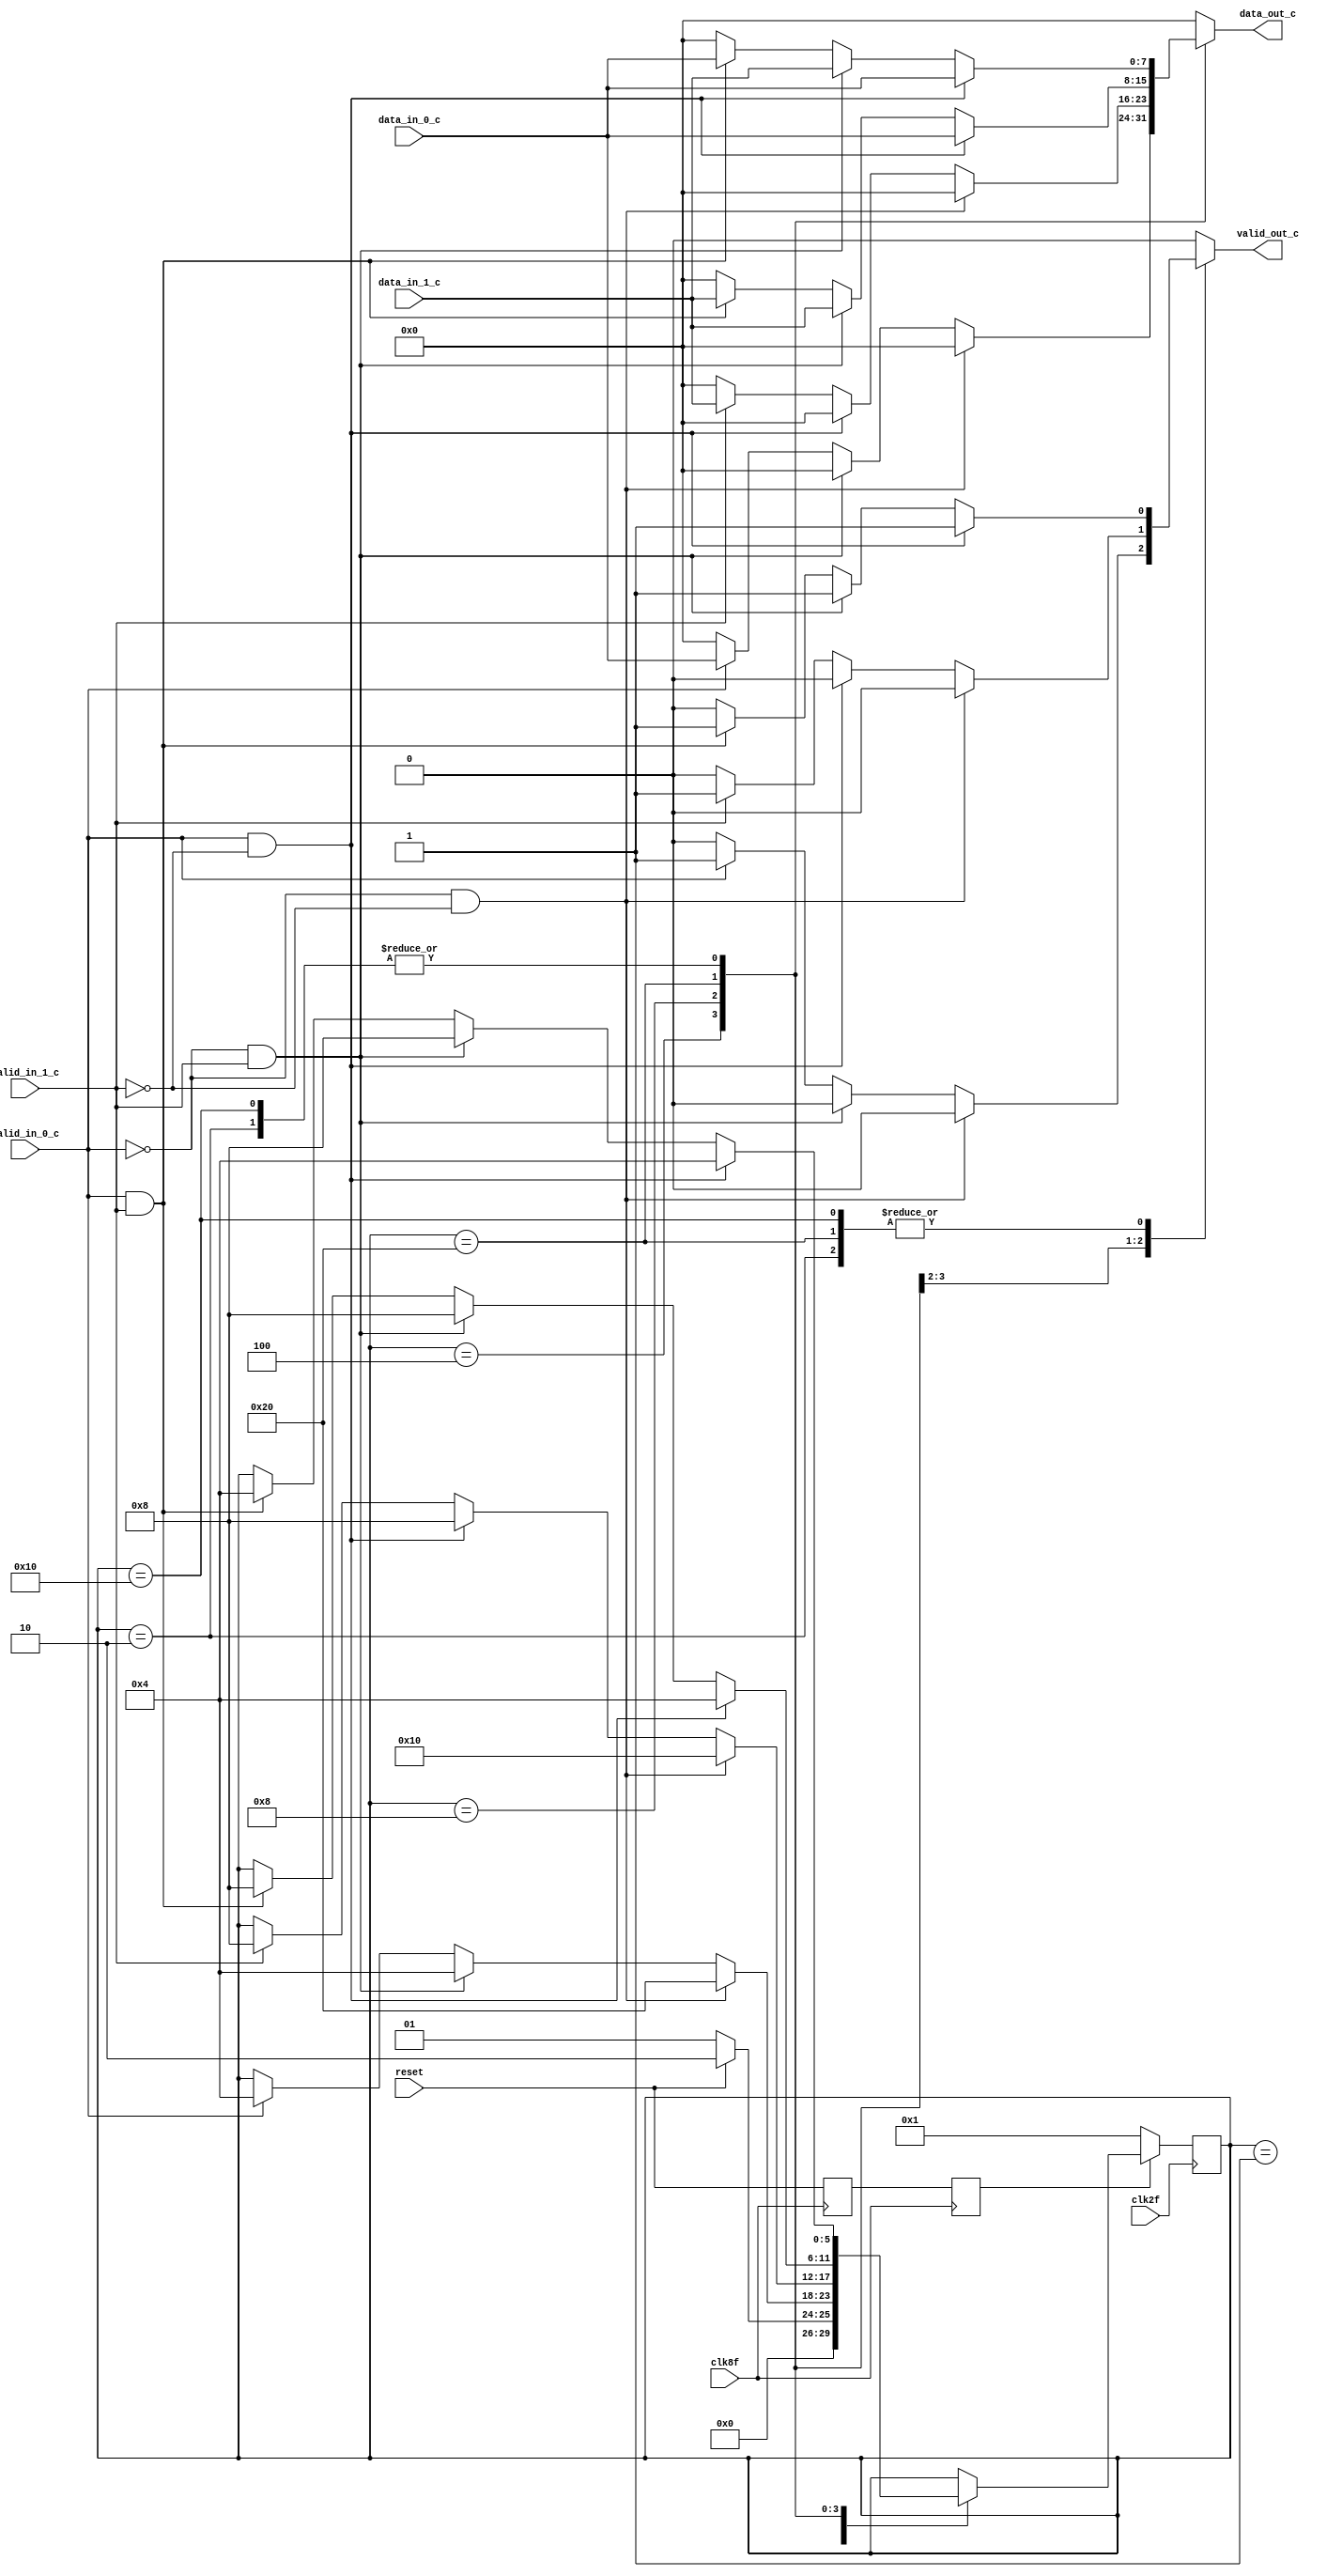
module mux(
    output reg [7:0]        data_out_c,
    output reg              valid_out_c,
    input   [7:0]           data_in_0_c,
    input                   valid_in_0_c,
    input   [7:0]           data_in_1_c,
    input                   valid_in_1_c,
    input                   reset,
    input                   clk2f,
    input                   clk8f);

    reg  [5:0]          st, nxt_st; //Registros para los estados
    reg             reset2, resetm;

    parameter RESET = 1;        //Reset activo
    parameter INICIAL = 2;      //Esperando datos 
    parameter TRANS_0 = 4;      //Transmitiendo datos_in_0
    parameter TRANS_1 = 8;      //Transmitiendo datos_in_1
    parameter W_LST_DATA1 = 16;    //Esperando datos, ltimo transmitido fue data_in_1
    parameter W_LST_DATA0 = 32;    //Esperando datos, ltimo transmitido fue data_in_0



    always @(posedge clk8f) begin
        resetm <= reset;
        reset2 <= resetm;            
    end

    always @(posedge clk2f) begin
        if (reset2 == 0) begin
            st <= RESET;
        end
        else begin
            st <= nxt_st;
        end
    end

    always @(*) begin
        data_out_c = 0;
        valid_out_c = 0;
        nxt_st = st;

        case(st)

            RESET: begin
                if (reset == 0) begin
                    nxt_st = RESET;    
                end
                else begin
                    nxt_st = INICIAL;
                end
            end

            INICIAL: begin
                if (valid_in_0_c == 1 && valid_in_1_c == 0) begin
                    data_out_c = data_in_0_c;
                    valid_out_c = 1;
                    nxt_st = TRANS_0;
                end    
                else if (valid_in_0_c == 0 && valid_in_1_c == 1) begin
                    data_out_c = data_in_1_c;
                    valid_out_c = 1;
                    nxt_st = TRANS_1;
                end 
                else if (valid_in_0_c == 1 && valid_in_1_c == 1) begin
                    data_out_c = data_in_0_c;
                    valid_out_c = 1;
                    nxt_st = TRANS_0;
                end
            end

            TRANS_0: begin
                if (valid_in_0_c == 0 && valid_in_1_c == 0) begin
                    nxt_st = W_LST_DATA0;
                end 
                else if (valid_in_0_c == 0 && valid_in_1_c == 1) begin
                    data_out_c = 0;
                    valid_out_c = 0;
                    nxt_st = TRANS_0; 
                end
                else if (valid_in_0_c == 1) begin 
                    data_out_c = data_in_0_c;
                    valid_out_c = 1;
                    nxt_st = TRANS_0;
                end
            end

            TRANS_1: begin
                if (valid_in_0_c == 0 && valid_in_1_c == 0) begin
                    nxt_st = W_LST_DATA1;
                end 
                else if (valid_in_0_c == 1 && valid_in_1_c == 0) begin
                    data_out_c = 0;
                    valid_out_c = 0;
                    nxt_st = TRANS_1; 
                end
                else if (valid_in_1_c == 1) begin 
                    data_out_c = data_in_1_c;
                    valid_out_c = 1;
                    nxt_st = TRANS_1;
                end                
            end

            W_LST_DATA0: begin
                if (valid_in_0_c == 1 && valid_in_1_c == 0) begin
                    data_out_c = data_in_0_c;
                    valid_out_c = 1;
                    nxt_st = TRANS_0;
                end 
                else if (valid_in_0_c == 0 && valid_in_1_c == 1) begin
                    data_out_c = data_in_1_c;
                    valid_out_c = 1;
                    nxt_st = TRANS_1;
                end
                else if (valid_in_0_c == 1 && valid_in_1_c == 1) begin
                    data_out_c = data_in_1_c;
                    valid_out_c = 1;
                    nxt_st = TRANS_1;
                end 
            end

            W_LST_DATA1: begin
                if (valid_in_0_c == 1 && valid_in_1_c == 0) begin
                    data_out_c = data_in_0_c;
                    valid_out_c = 1;
                    nxt_st = TRANS_0;
                end 
                else if (valid_in_0_c == 0 && valid_in_1_c == 1) begin
                    data_out_c = data_in_1_c;
                    valid_out_c = 1;
                    nxt_st = TRANS_1;
                end
                else if (valid_in_0_c == 1 && valid_in_1_c == 1) begin
                    data_out_c = data_in_0_c;
                    valid_out_c = 1;
                    nxt_st = TRANS_0;
                end 
            end
            //default: nxt_st = RESET;
        endcase
    end

endmodule